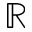
\mathbb { R }